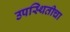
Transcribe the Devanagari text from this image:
उपस्थितीचा